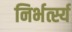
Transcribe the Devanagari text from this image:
निर्भर्त्स्य